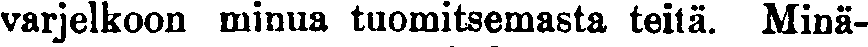
varjelkoon minua tuomitsemasta teitä. Minä-